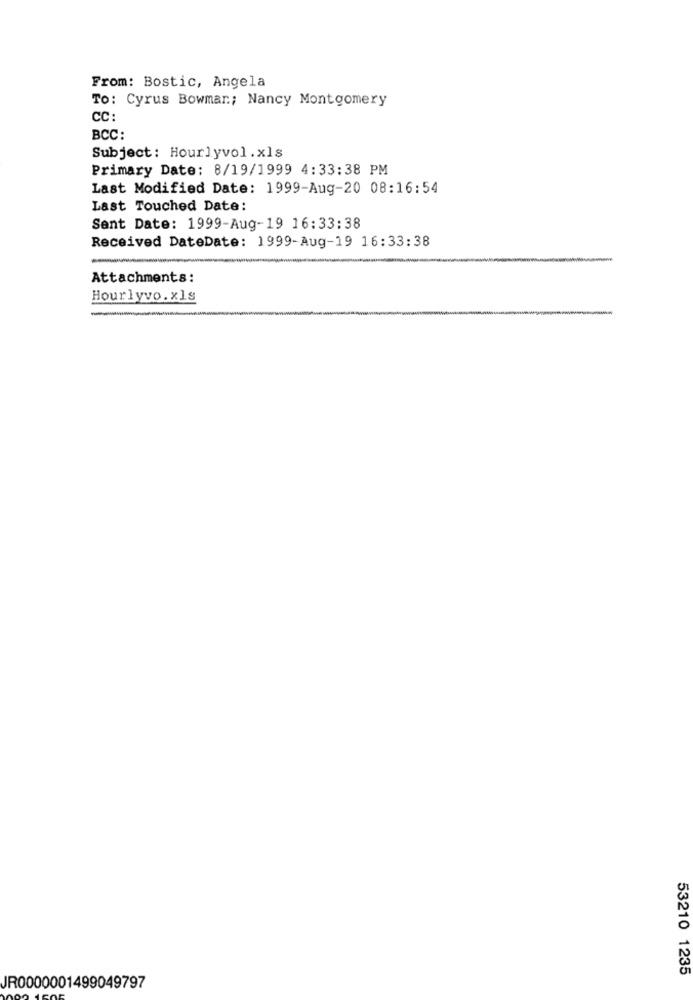
From: Bostic, Angela
To: Cyrus Bowman; Nancy Montgomery
CC:
BCC:
Subject: Hourlyvol.xls
Primary Date: 8/19/1999 4:33:38 PM
Last Modified Date: 1999-Aug-20 08:16:54
Last Touched Date:
Sent Date: 1999-Aug-19 16:33:38
Received DateDate: 1999-Aug-19 16:33:38
-
Attachments:
Hourlyvo. xls
-
53210 1235
JR0000001499049797